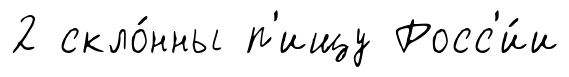
2 скло́нны п'ищу Росс'и́и